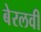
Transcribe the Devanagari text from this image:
बेरलवी